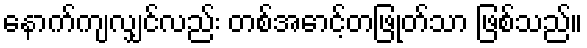
နောက်ကျလျှင်လည်း တစ်အောင့်တဖြုတ်သာ ဖြစ်သည်။